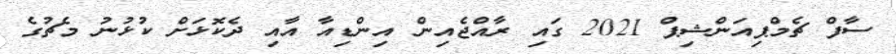
ސާފް ޗެމްޕިއަންޝިޕް 2021 ގައި ރާއްޖެއިން އިންޑިއާ އާއި ދެކޮޅަށް ކުޅުނު މެޗުގެ